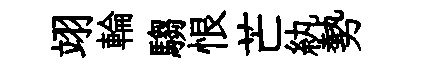
翊輪騶恨芒紈勢